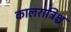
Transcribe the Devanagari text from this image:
कालरात्रिश्च